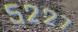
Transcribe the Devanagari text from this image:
५२२७